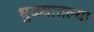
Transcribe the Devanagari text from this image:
धुळ्यातल्या